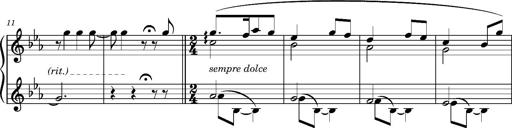
Title: La cloche sonne
Composer: Franz Liszt